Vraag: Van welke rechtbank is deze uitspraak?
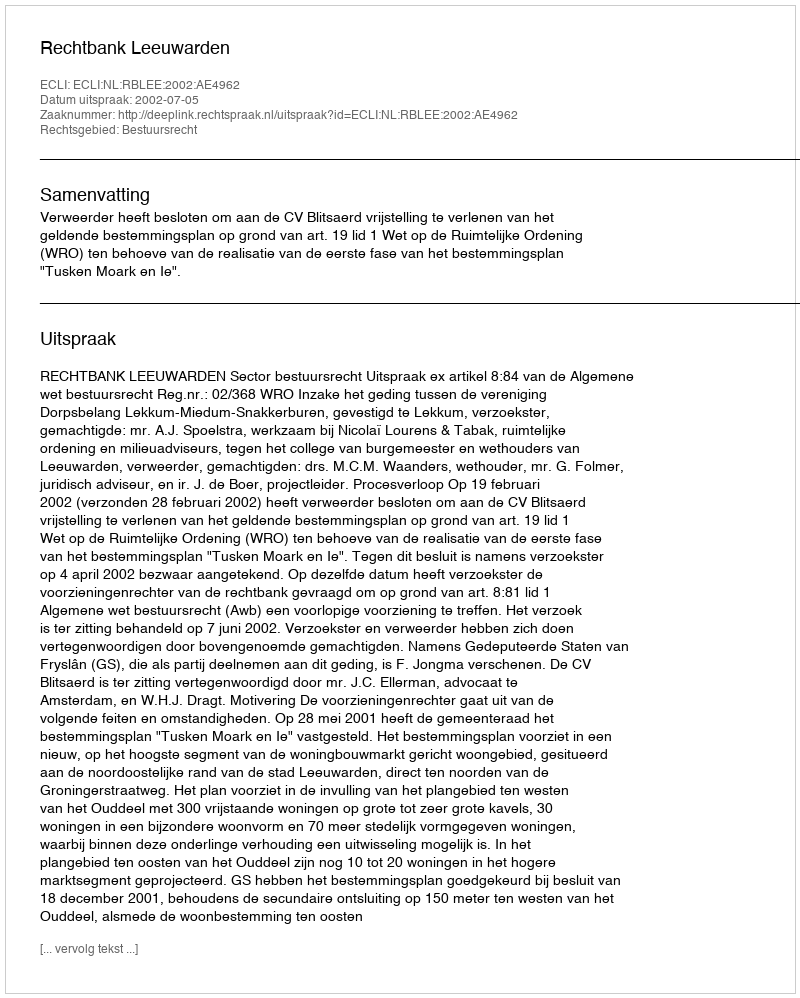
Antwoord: Rechtbank Leeuwarden